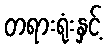
တရားရုံးနှင့်